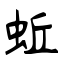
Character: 蚯